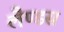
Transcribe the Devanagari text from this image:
लैण्डस